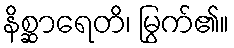
နိစ္ဆာရေတိ၊ မြွက်၏။